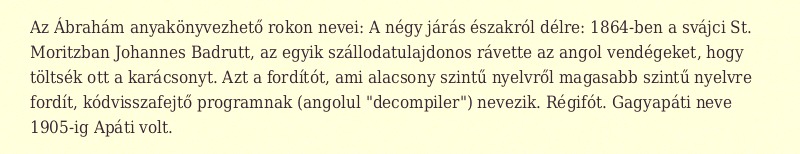
Az Ábrahám anyakönyvezhető rokon nevei: A négy járás északról délre: 1864-ben a svájci St. Moritzban Johannes Badrutt, az egyik szállodatulajdonos rávette az angol vendégeket, hogy töltsék ott a karácsonyt. Azt a fordítót, ami alacsony szintű nyelvről magasabb szintű nyelvre fordít, kódvisszafejtő programnak (angolul "decompiler") nevezik. Régifót. Gagyapáti neve 1905-ig Apáti volt.